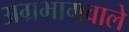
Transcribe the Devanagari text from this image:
अग्रभागवाले